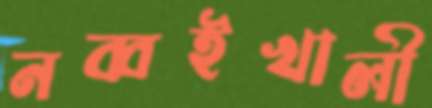
নব্বইখালী